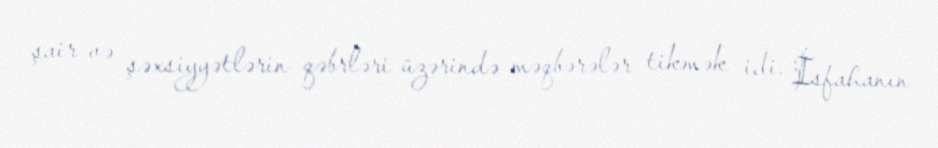
şair və şəxsiyyətlərin qəbrləri üzərində məqbərələr tikmək idi. İsfahanın